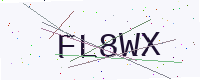
Text: FL8WX